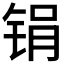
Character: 𫓶